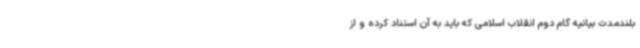
بلندمدت بیانیه گام دوم انقلاب اسلامی که باید به آن استناد کرده و از